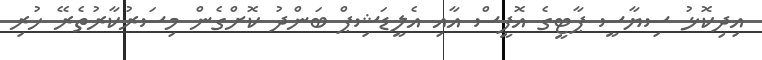
އިދިކޮޅު ސިޔާސީ ޕާޓީގެ އޮފީސް އާއި އެލީޑަޝިޕް ބަންދު ކޮށްގެން މިސަރުކާރުތެރޭ ހުރި